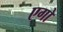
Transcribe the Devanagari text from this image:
एगो